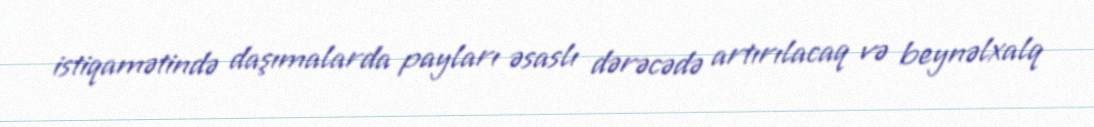
istiqamətində daşımalarda payları əsaslı dərəcədə artırılacaq və beynəlxalq